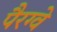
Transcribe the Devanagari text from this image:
पैरग्वे